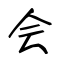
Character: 会